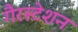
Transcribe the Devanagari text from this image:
गैरस्टेशन